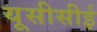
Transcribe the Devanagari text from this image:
यूसीसीई